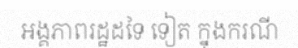
អង្គភាពរដ្ឋដទៃ ទៀត ក្នុងករណី